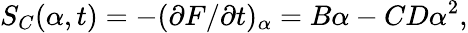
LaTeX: S_{C}(\alpha,t)=-(\partial{F}/\partial{t})_{\alpha}=B\alpha-CD\alpha^{2},